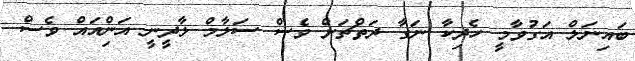
ބައިނަލް އަގުވާމީ ހެދިކާ ނަގާ ދަތްޗަށް ވެސް ސަލާމް ލާދީނީ އަންިއައް ވެސް